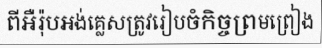
ពីអឺរ៉ុបអង់គ្លេសត្រូវរៀបចំកិច្ចព្រមព្រៀង